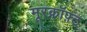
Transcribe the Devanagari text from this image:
मूरक्रॉफ़्ट